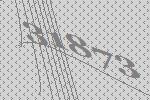
31873